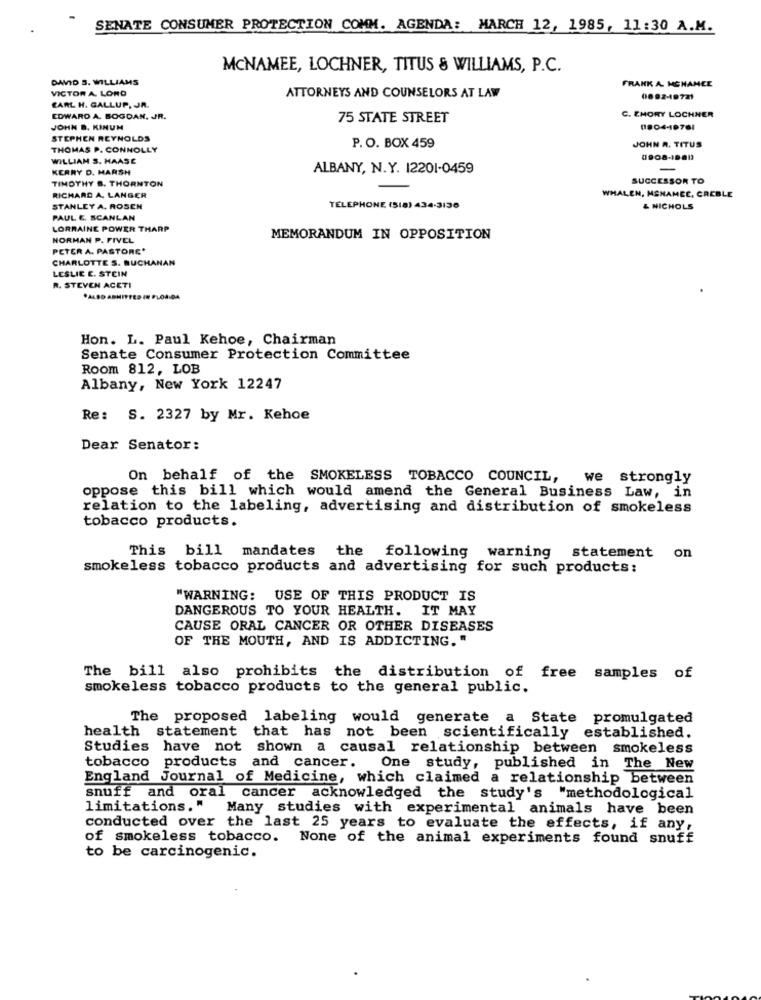
SENATE CONSUMER PROTECTION COMM. AGENDA: MARCH 12, 1985, 11:30 A.M.
MCNAMEE, LOCHNER, TITUS & WILLIAMS, P.C.
DAVID S. WILLIAMS
FRANK A. NCHANCE
VICTOR A. LORD
ATTORNEYS AND COUNSELORS AT LAW
0892-19721
CARL H. GALLUP, JR.
EDWARD A. BOGDAN, JR.
75 STATE STREET
C. EMORY LOCHNER
JOHN B. KINUM
11904-18761
STEPHEN REYNOLDS
JOHN R. TITUS
THOMAS P. CONNOLLY
P. O. BOX 459
WILLIAM S. HAASE
KERRY D. MARSH
ALBANY, N.Y. 12201-0459
-
TIMOTHY B. THORNTON
SUCCESSOR TO
WHALEN, MENAMEC, CRCBLE
RICHARD A. LANGER
STANLEY A. ROSEN
TELEPHONE (518) 434-3136
& NICHOLS
PAUL E. SCANLAN
LORRAINE POWER THARP
NORMAN P. FIVEL
MEMORANDUM IN OPPOSITION
PETER A. PASTORE'
CHARLOTTE S. BUCHANAN
LESLIE E. STEIN
R. STEVEN ACETI
*ALSO ASHIPPED IN FLORIDA
Hon. L. Paul Kehoe, Chairman
Senate Consumer Protection Committee
Room 812, LOB
Albany, New York 12247
Re :
S. 2327 by Mr. Kehoe
Dear Senator:
On behalf of the SMOKELESS TOBACCO COUNCIL, we strongly
oppose this bill which would amend the General Business Law, in
relation to the labeling, advertising and distribution of smokeless
tobacco products.
This bill mandates the following
on
warning statement
smokeless tobacco products and advertising for such products:
"WARNING: USE OF THIS PRODUCT IS
DANGEROUS TO YOUR HEALTH. IT MAY
CAUSE ORAL CANCER OR OTHER DISEASES
OF THE MOUTH, AND IS ADDICTING."
The bill also prohibits the distribution of free samples of
smokeless tobacco products to the general public.
The proposed labeling would generate a State promulgated
health statement that has not been scientifically established.
Studies have not shown a causal relationship between smokeless
tobacco products and cancer. One study, published in The New
England Journal of Medicine, which claimed a relationship between
snuff and oral cancer acknowledged the study's "methodological
limitations."
Many studies with experimental animals have been
conducted over the last 25 years to evaluate the effects, if any,
of smokeless tobacco. None of the animal experiments found snuff
to be carcinogenic.